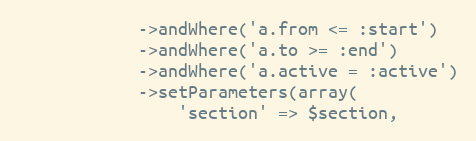
Language: PHP
            ->andWhere('a.from <= :start')
            ->andWhere('a.to >= :end')
            ->andWhere('a.active = :active')
            ->setParameters(array(
                'section' => $section,